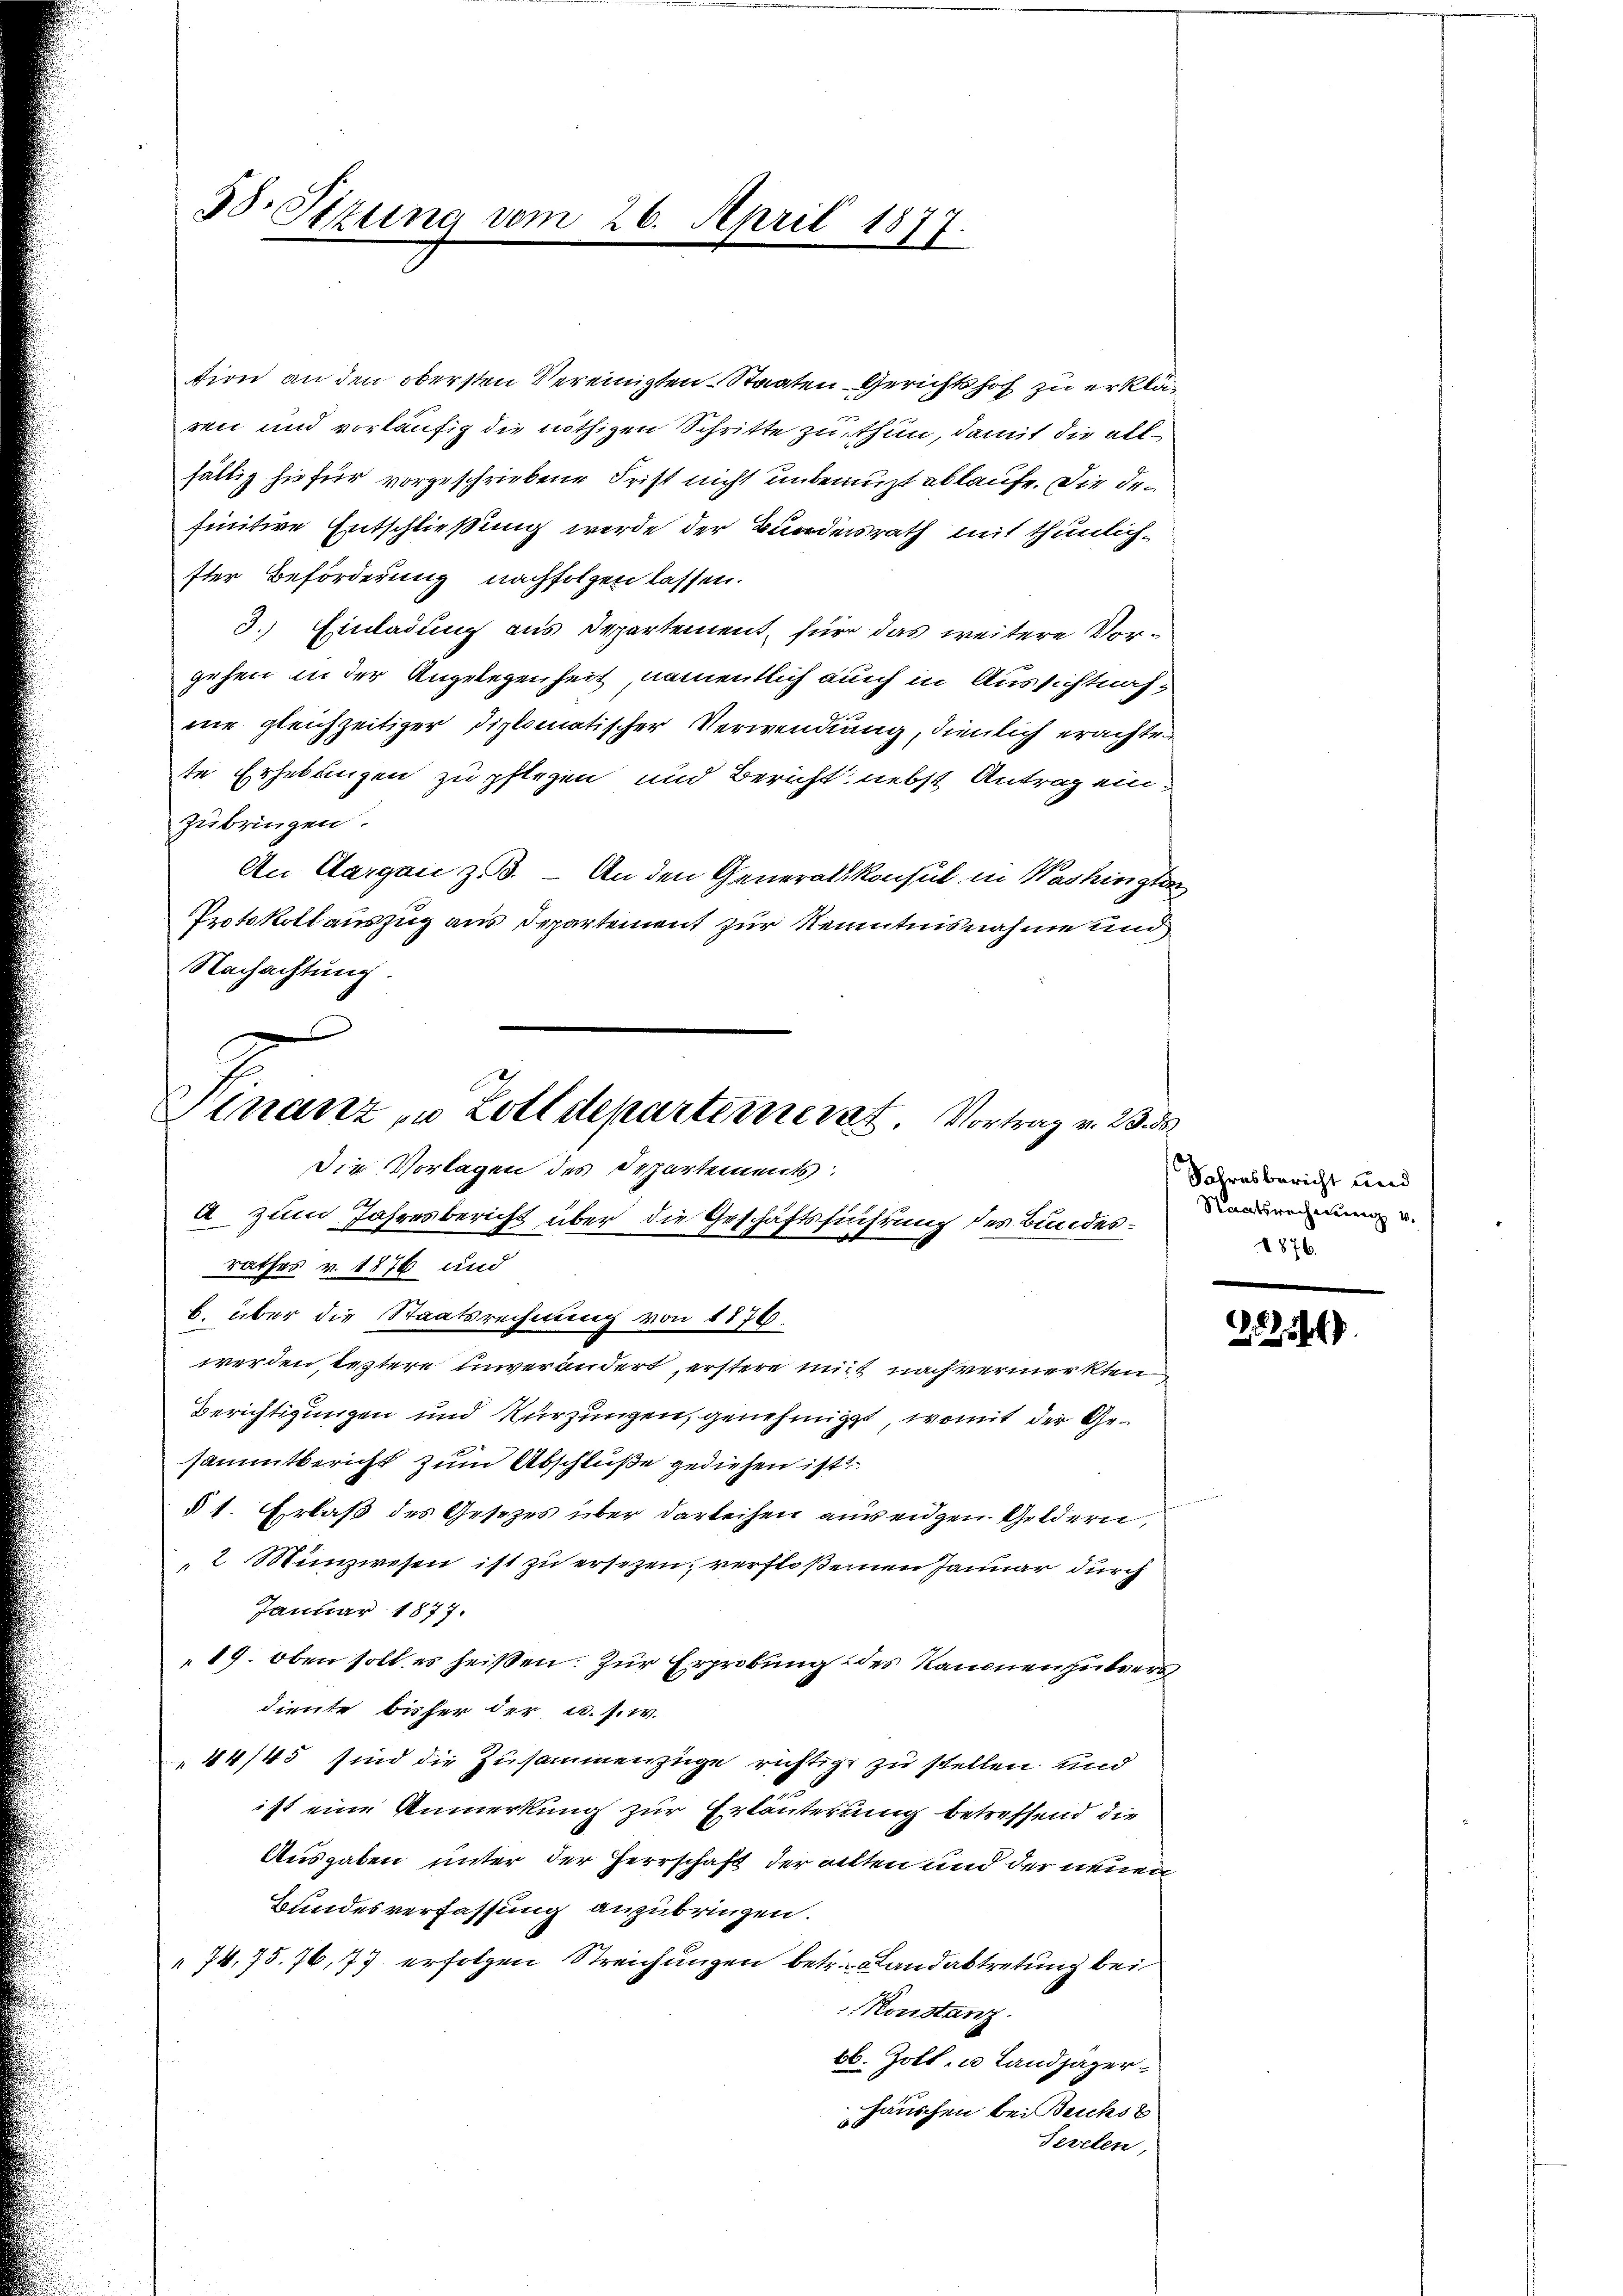
3. Sizung vom 26. April 1877.

Finanz zu Zolldeparteinerat Vortrag v. 23. d.
Die Vorlagen des Departements:

tion an den obersten Vereinigten Staaten Gerichtshof zu erklär
ren und vorläufig die nöthigen Schritte zu thun, damit die allfältig hiefür vorgeschriebene Frist nicht unbenuzt ablaufe. Die den
finitive Entschließung werde der Bundesrath mit thunlichfter Beförderung nachfolgen lassen.
3.) Einladung aus Departement, für das weitere Vorgehen in der Angelegenheit, namentlich auch in Aussichtnahnie gleichzeitiger Diplomatischer Verwendung, dienlich erachten
te Erhebungen zu pflegen und Bericht nebst Antrag einzubringen.
An Aargau zu. An den Generalkonsul in Washington
Protokoll auszug aus Departement zur Kenntnisnahme und
Nachachtung.

a zum Jahresbericht über die Geschäftssuchtung des Bundesrathes v. 1876 und
b. über die Staatsrechnung von 1876.
werden, letztere unverändert, erstere mit nach vermerkten
Berichtigungen und Kürzungen, genehmigt, womit der Gesammtbericht zum Abschluße gediesen ist?
§ 1. Erlaß des Gesezes über darleihen auseigen Geldern,
2 Münzwesen ist zu ersezen, verfloßenen Januar durch
Januar 1877.
19. Oben soll es heißen: Zur Erprobung des Raunen zutres
diente bisher der u. s. w.
44/45 sind die Zusammenzüge richtige zu stellen und
ist eine Anmerkung zur Erläuterung betreffend die
Ausgaben unter der Herrschaft der alten und der neuen
Bundesverfassung anzubringen.
74. 75. 76, 77 erfolgen Streichungen betr. Landabtretung bei
Konstanz
bb. Zott in Landjäger
täuschen bei Buchst
b
Sevelen,

Jahresbericht und
Staatsrechnung v.
1876.

22264)